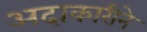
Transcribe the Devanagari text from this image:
अदाकारीने